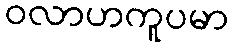
ဝလာဟကူပမာ